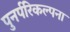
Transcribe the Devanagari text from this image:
पुनर्परिकल्पना